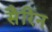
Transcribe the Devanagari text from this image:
सैरिन